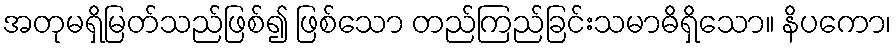
အတုမရှိမြတ်သည်ဖြစ်၍ ဖြစ်သော တည်ကြည်ခြင်းသမာဓိရှိသော။ နိပကော၊